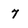
Character: 7